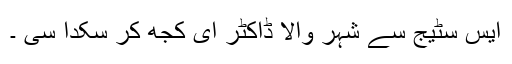
ایس سٹیج سے شہر والا ڈاکٹر ای کجھ کر سکدا سی ۔